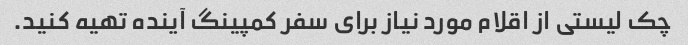
چک لیستی از اقلام مورد نیاز برای سفر کمپینگ آینده تهیه کنید.